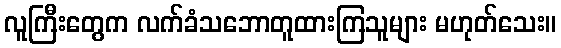
လူကြီးတွေက လက်ခံသဘောတူထားကြသူများ မဟုတ်သေး။